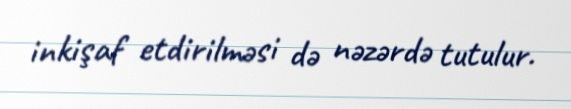
inkişaf etdirilməsi də nəzərdə tutulur.